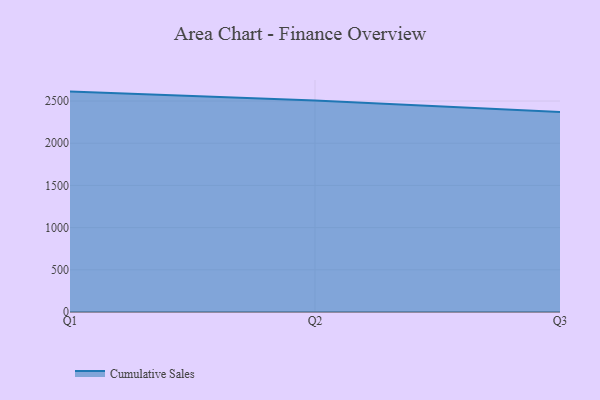
{"axis": {"x": "Quarter", "y": "Conversion Rate (%)"}, "legend": ["Cumulative Sales"], "data": [{"x": "Q1", "y": 2611.9, "type": "Cumulative Sales"}, {"x": "Q2", "y": 2507.0, "type": "Cumulative Sales"}, {"x": "Q3", "y": 2370.7, "type": "Cumulative Sales"}]}